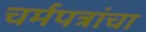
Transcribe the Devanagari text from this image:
चर्मपत्रांचा